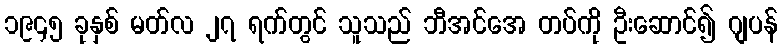
၁၉၄၅ ခုနှစ် မတ်လ ၂၇ ရက်တွင် သူသည် ဘီအင်အေ တပ်ကို ဦးဆောင်၍ ဂျပန်